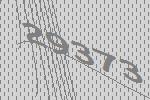
29373